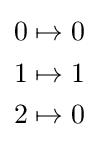
{\begin{aligned}0\mapsto 0\\1\mapsto 1\\2\mapsto 0\end{aligned}}